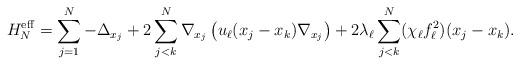
LaTeX: \begin{align*} H_N^\mathrm{eff}=\sum_{j=1}^N-\Delta_{x_j}+2\sum_{j<k}^N \nabla_{x_j}\left( u_\ell(x_j-x_k) \nabla_{x_j}\right) + 2\lambda_\ell \sum_{j<k}^N (\chi_\ell f_\ell^2)(x_j-x_k).\end{align*}